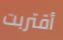
أقتربت